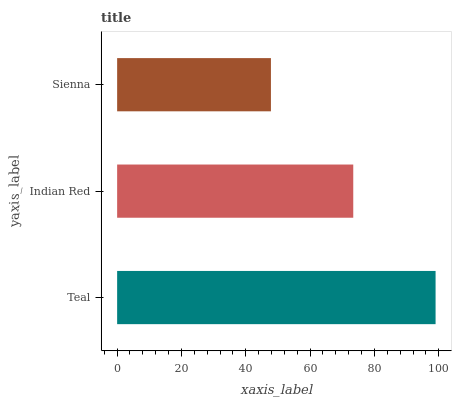
| yaxis_label | bars |
 | --- | --- |
 | Teal | 99 |
 | Indian Red | 73.4 |
 | Sienna | 47.8 |